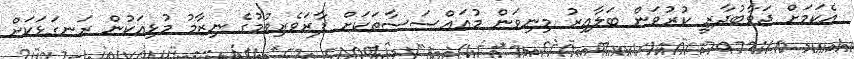
އެކަމަށް ޖަވާބުދާރީ ކުރުވަން ބަލާއިރު މިނިވަން މުއައްސަސާތަކަށް ފާރަވެރިވުމުގެ ނިޒާމު މުޅިއަކުން ރަނގަޅަކަށް